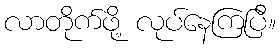
လာတိုက်ဖို့ လုပ်နေကြပြီ။